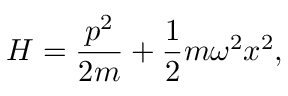
{ H } = { \frac { { p } ^ { 2 } } { 2 m } } + { \frac { 1 } { 2 } } m \omega ^ { 2 } { x } ^ { 2 } ,